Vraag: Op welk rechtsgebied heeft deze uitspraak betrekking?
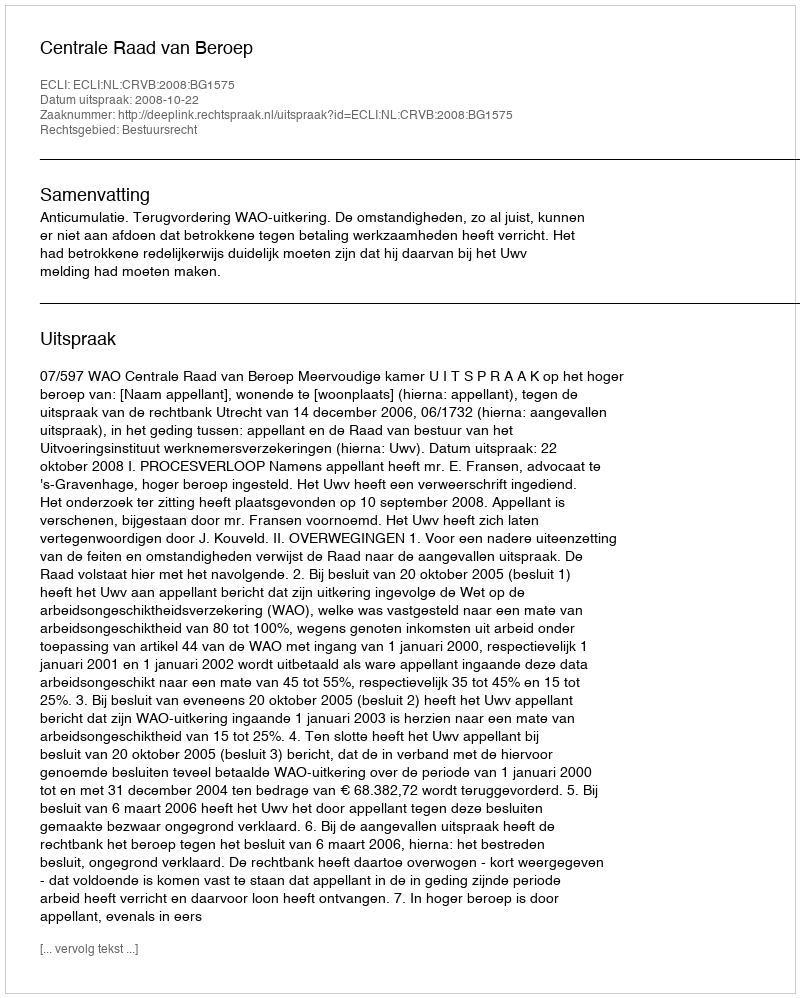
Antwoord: Bestuursrecht